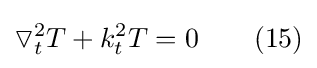
\triangledown _{t}^{2}T+k_{t}^{2}T=0\ \ \ \ \ \ (15)